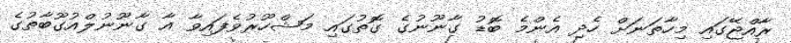
ރާއްޖޭގައި މިހާތަނަށް ހެދި އެންމެ ބޮޑު ގާނޫނުގެ ގޮތުގައި މަޝްހޫރުވެފައިވާ އާ ގާނޫނުލްއުގޫބާތުގެ